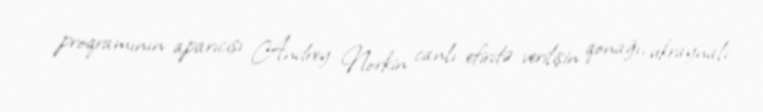
proqramının aparıcısı Andrey Norkin canlı efirdə verilişin qonağı, ukraynalı